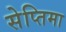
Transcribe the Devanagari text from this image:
सेप्तिमा